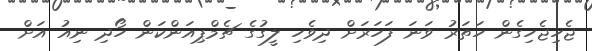
ޖެހިޖެހިގެން ހަތަރު ވަނަ ފަހަރަށް ދިވެހި ލީގުގެ ޗެމްޕިއަންކަން ހޯދި ނިއު އަށް